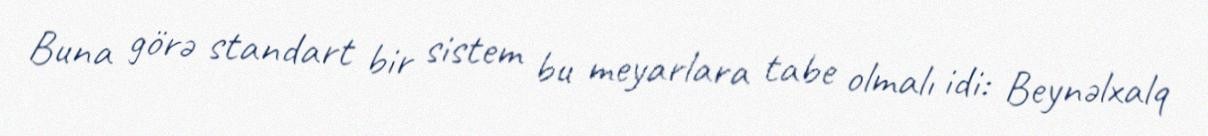
Buna görə standart bir sistem bu meyarlara tabe olmalı idi: Beynəlxalq